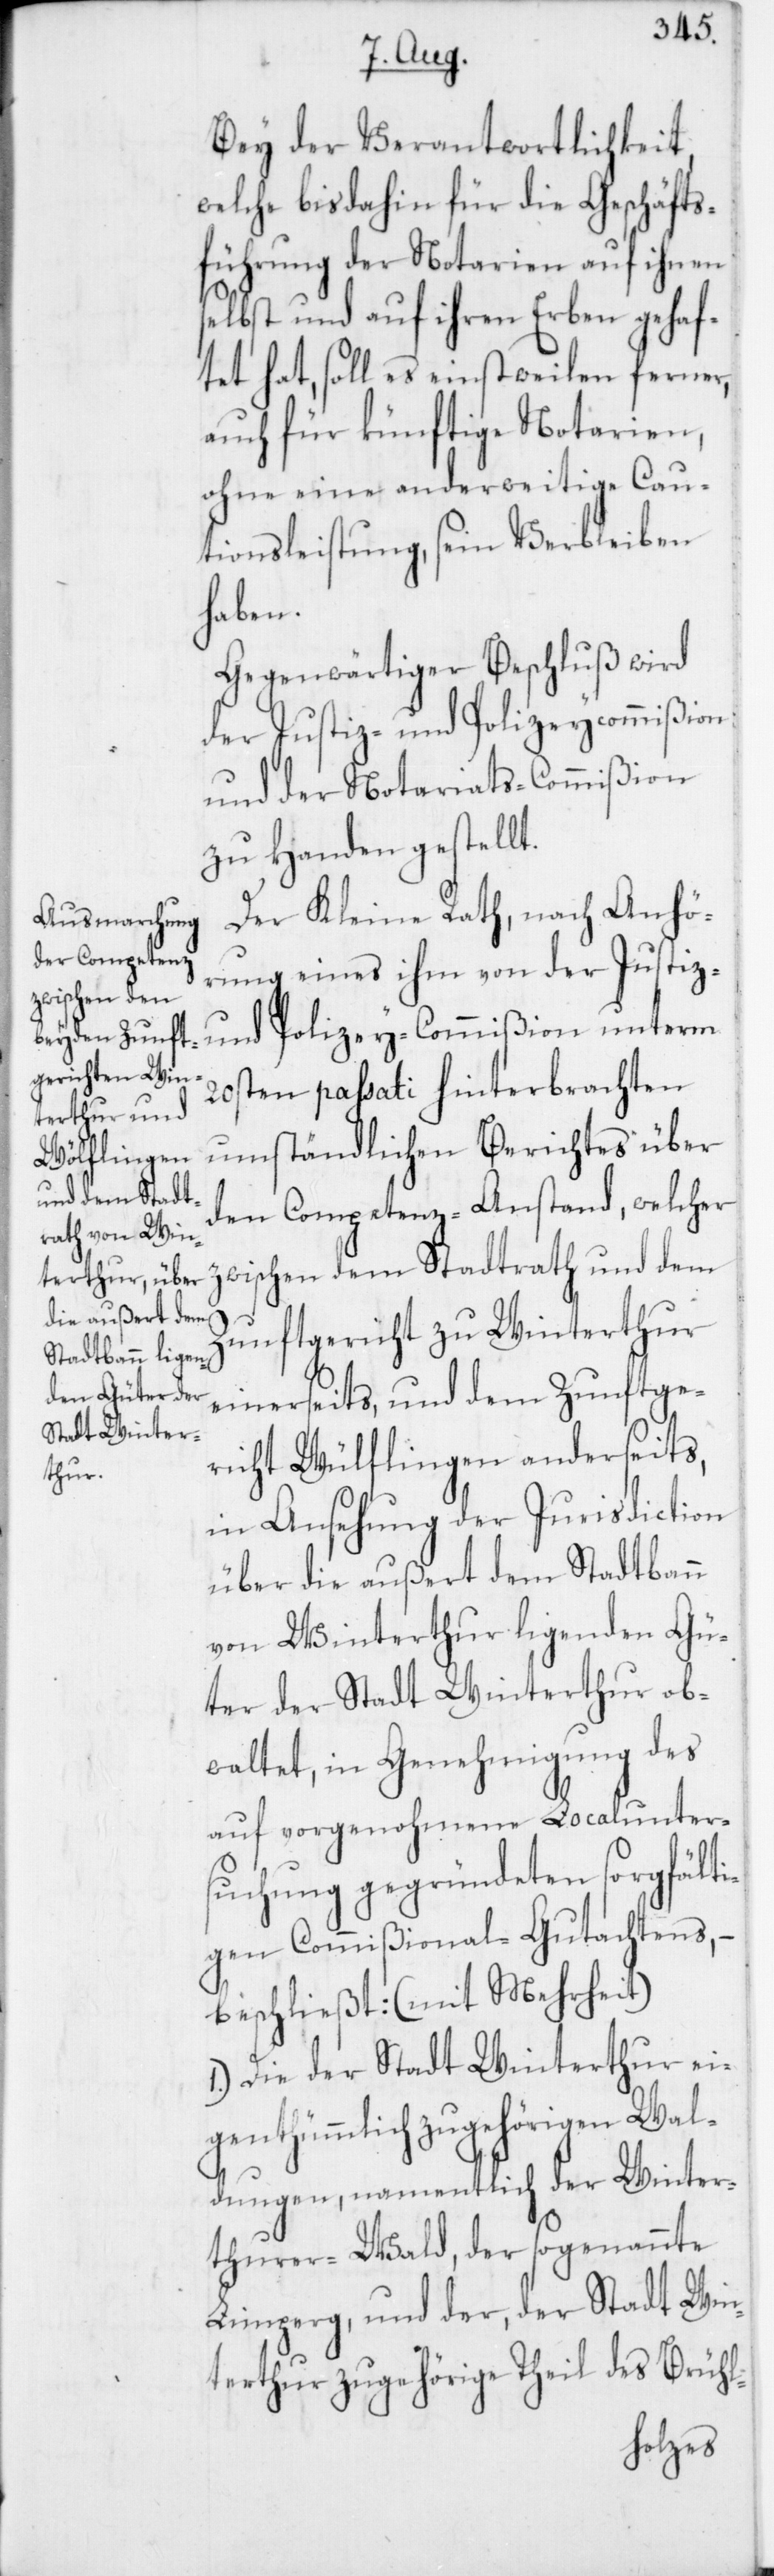
z¬
Bey der Verantwortlichkeit,
welche bisdahin für die Geschäfts¬
führung der Notarien auf ihnen
selbst und auf ihren Erben gehaf¬
tet hat, soll es einstweilen ferner,
auch für künftige Notarien,
ohne eine anderweitige Cau¬
tionsleistung, sein Verbleiben
haben.
Gegenwärtiger Beschluß wird
der Justiz- und Polizeycommißion
und der Notariats-Commißion
zu Handen gestellt.
Der Kleine Rath, nach Anhö¬
rung eines ihm von der Justiz-
und Polizey-Commißion unterm
20sten passati hinterbrachten
umständlichen Berichtes über
den Competenz-Anstand, welcher
wischen dem Stadtrath und dem
Zunftgericht zu Winterthur
einerseits, und dem Zunftge¬
richt Wülflingen anderseits,
in Ansehung der Jurisdiction
über die außert dem Stadtbann
von Winterthur ligenden Gü¬
ter der Stadt Winterthur ob¬
waltet, in Genehmigung des
auf vorgenohmene Localunter¬
suchung gegründeten sorgfälti¬
gen Commißional-Gutachtens, –
beschließt: (mit Mehrheit)
1. Die der Stadt Winterthur ei¬
genthümmlich zugehörigen Wal¬
dungen, namentlich der Winter¬
thurer-Wald, der sogenannte
Limperg, und der, der Stadt Win¬
terthur zugehörige Theil des Brühl-